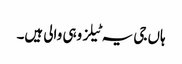
ہاں جی یہ ٹیلز وہی والی ہیں۔